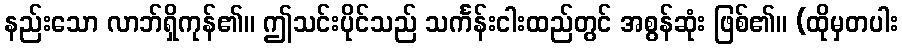
နည်းသော လာဘ်ရှိကုန်၏။ ဤသင်းပိုင်သည် သင်္ကန်းငါးထည်တွင် အစွန်ဆုံး ဖြစ်၏။ (ထိုမှတပါး